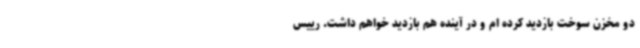
دو مخزن سوخت بازدید کرده ام و در آینده هم بازدید خواهم داشت. رییس